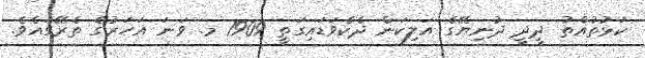
ކަޅުތުއްތު ދީދީ ދުނިޔޭގެ އަލިކަން ދެކެވަޑައިގަތީ 1909 މ. ވަނަ އަހަރުގެ ތެރޭގައެވެ.